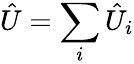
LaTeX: \hat{U}=\sum_{i}\hat{U}_{i}